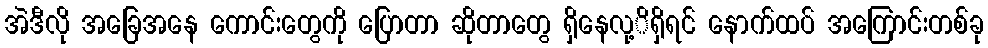
အဲဒီလို အခြေအနေ ကောင်းတွေကို ပြောတာ ဆိုတာတွေ ရှိနေလု့ိရှိရင် နောက်ထပ် အကြောင်းတစ်ခု